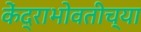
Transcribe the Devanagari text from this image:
केंद्राभोवतीच्या